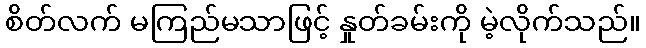
စိတ်လက် မကြည်မသာဖြင့် နှုတ်ခမ်းကို မဲ့လိုက်သည်။